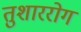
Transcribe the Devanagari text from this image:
तुशाररोग